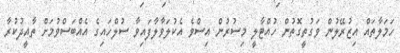
ހަމަލާތައް އިޒުރޭލުން ވަގުތީގޮތުން ހުއްޓާލީ މިސުރުން އިސްވެ އެކުލަވާލާފައިވާ ސުލްހައިގެ އެއްބަސްވުމަށް ތާއީދުކުރާ